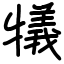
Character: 犠